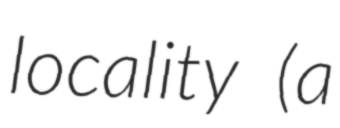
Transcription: locality (a